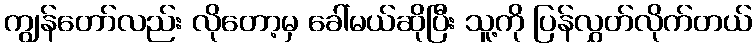
ကျွန်တော်လည်း လိုတော့မှ ခေါ်မယ်ဆိုပြီး သူ့ကို ပြန်လွှတ်လိုက်တယ်